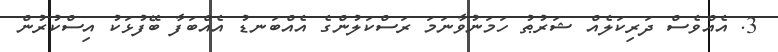
3. އެއްވެސް ދަރިކަލެއް ޝަރުޠު ހަމަނުވާނަމަ ރަސްކަލުންގެ އެއްބަނޑު އެއްބަފާ ބޭފުޅަކު އިސްކުރުން